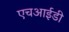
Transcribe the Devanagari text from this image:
एचआईडी